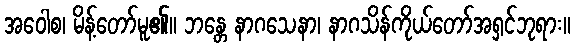
အဝေါစ၊ မိန့်တော်မူ၏။ ဘန္တေ နာဂသေနာ၊ နာဂသိန်ကိုယ်တော်အရှင်ဘုရား။